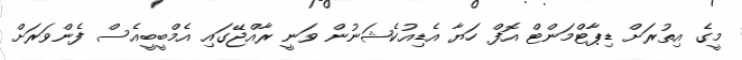
މީގެ އިތުރަށް ޑިޕާޓްމަންޓް އޮފް ހަޔާ އެޑިއުކެޝަނުން ވަނީ ރާއްޖޭގައި އެމްބީބީއެސް ފެންވަރަށް